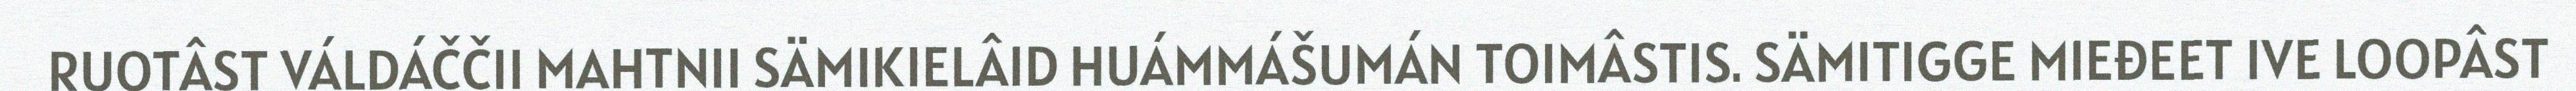
RUOTÂST VÁLDÁČČII MAHTNII SÄMIKIELÂID HUÁMMÁŠUMÁN TOIMÂSTIS. SÄMITIGGE MIEĐEET IVE LOOPÂST